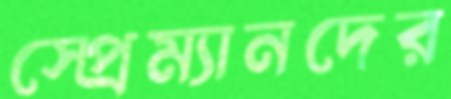
স্প্রেম্যানদের